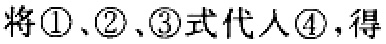
将\textcircled{1}、\textcircled{2}、\textcircled{3}式代入\textcircled{4}，得